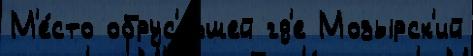
М'е́сто обрус'е́вшей гд'е Мозырск'ий